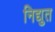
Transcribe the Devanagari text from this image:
निद्युत